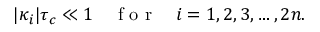
| \kappa _ { i } | \tau _ { c } \ll 1 \quad \mathrm { ~ f ~ o ~ r ~ } \quad i = 1 , 2 , 3 , \ldots , 2 n .